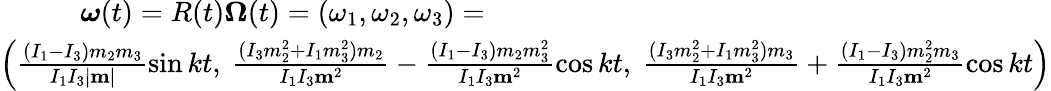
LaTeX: \begin{array}{r}{{\boldsymbol\omega}(t)=R(t){\boldsymbol\Omega}(t)=(\omega_{1},\omega_{2},\omega_{3})=\qquad\qquad\qquad\qquad\qquad\qquad\qquad\qquad\qquad\qquad}\\ {\left(\frac{(I_{1}-I_{3})m_{2}m_{3}}{I_{1}I_{3}|{\mathbf m}|}\sin kt,~\frac{(I_{3}m_{2}^{2}+I_{1}m_{3}^{2})m_{2}}{I_{1}I_{3}{\mathbf m}^{2}}-\frac{(I_{1}-I_{3})m_{2}m_{3}^{2}}{I_{1}I_{3}{\mathbf m}^{2}}\cos kt,~\frac{(I_{3}m_{2}^{2}+I_{1}m_{3}^{2})m_{3}}{I_{1}I_{3}{\mathbf m}^{2}}+\frac{(I_{1}-I_{3})m_{2}^{2}m_{3}}{I_{1}I_{3}{\mathbf m}^{2}}\cos kt\right)}\end{array}